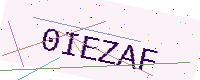
Text: 0IEZAF